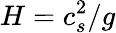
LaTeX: H=c_{s}^{2}/g